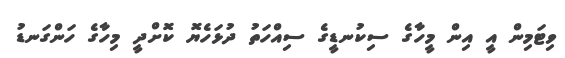
ވިޓަމިން އީ އިން މީހާގެ ސިކުނޑީގެ ސިއްހަތު ދުޅަހެޔޮ ކޮށްދީ މިހާގެ ހަންގަނޑު